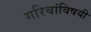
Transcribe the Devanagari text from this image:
गरिबांविषयी